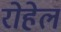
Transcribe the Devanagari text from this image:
रोहेल